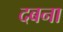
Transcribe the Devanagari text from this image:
दबना